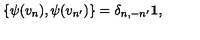
\{ \psi ( v _ { n } ) , \psi ( v _ { n ^ { \prime } } ) \} = \delta _ { n , - n ^ { \prime } } { \bf 1 } ,